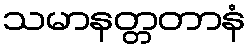
သမာနတ္တတာနံ